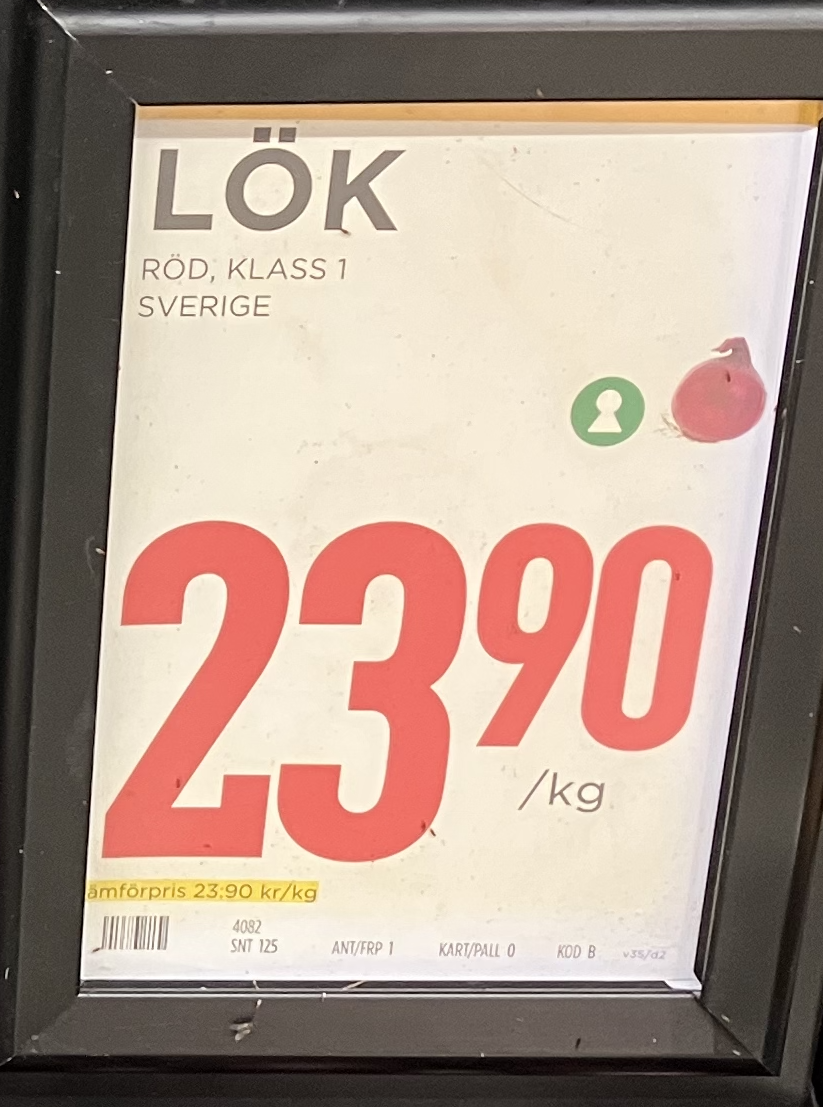
Vara: Lök
Genomsnittspris: 23.9 per kg